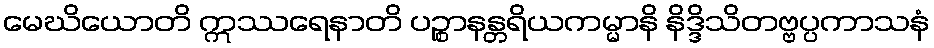
မေဃိယောတိ ဣဿရေနာတိ ပဉ္စာနန္တရိယကမ္မာနိ နိဒ္ဒိသိတဗ္ဗပ္ပကာသနံ